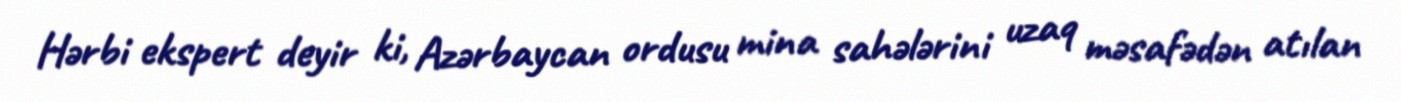
Hərbi ekspert deyir ki, Azərbaycan ordusu mina sahələrini uzaq məsafədən atılan